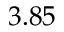
3 . 8 5